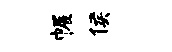
幄侯